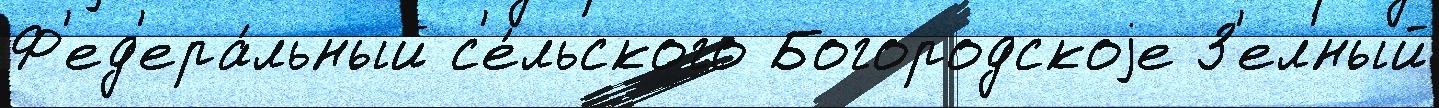
Ф'ед'ера́льный с'е́льского Богородскоjе З'ел'́ный